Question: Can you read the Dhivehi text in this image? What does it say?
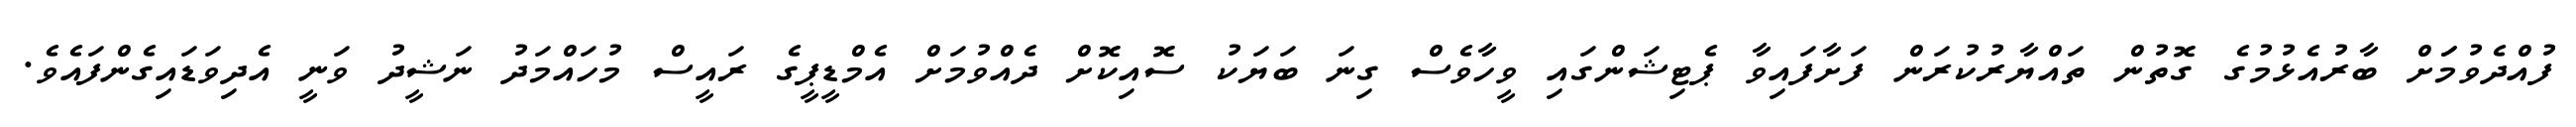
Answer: ފުއްދެވުމަަށް ބާރުއެޅުމުގެ ގޮތުން ތައްޔާރުކުރަން ފަށާފައިވާ ޕެޓިޝަންގައި ވީހާވެސް ގިނަ ބަޔަކު ސޮއިކޮށް ދެއްވުމަށް އެމްޑީޕީގެ ރައީސް މުހައްމަދު ނަޝީދު ވަނީ އެދިވަޑައިގެންފައެވެ.